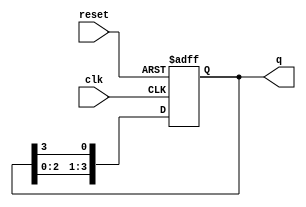
module bistable_ring_counter #(parameter N = 4) (
    input wire clk,         // Clock input
    input wire reset,       // Asynchronous reset
    output reg [N-1:0] q    // Output state of the counter
);

// Initial state of the counter
initial begin
    q = {N-1{1'b0}}; // Set all bits to '0'
    q[0] = 1'b1;     // Set the first flip-flop to '1'
end

// Sequential logic for the ring counter
always @(posedge clk or posedge reset) begin
    if (reset) begin
        q <= {N-1{1'b0}}; // Reset all bits to '0'
        q[0] <= 1'b1;     // Set the first flip-flop to '1' on reset
    end else begin
        q <= {q[N-2:0], q[N-1]}; // Shift the '1' to the right
    end
end

endmodule